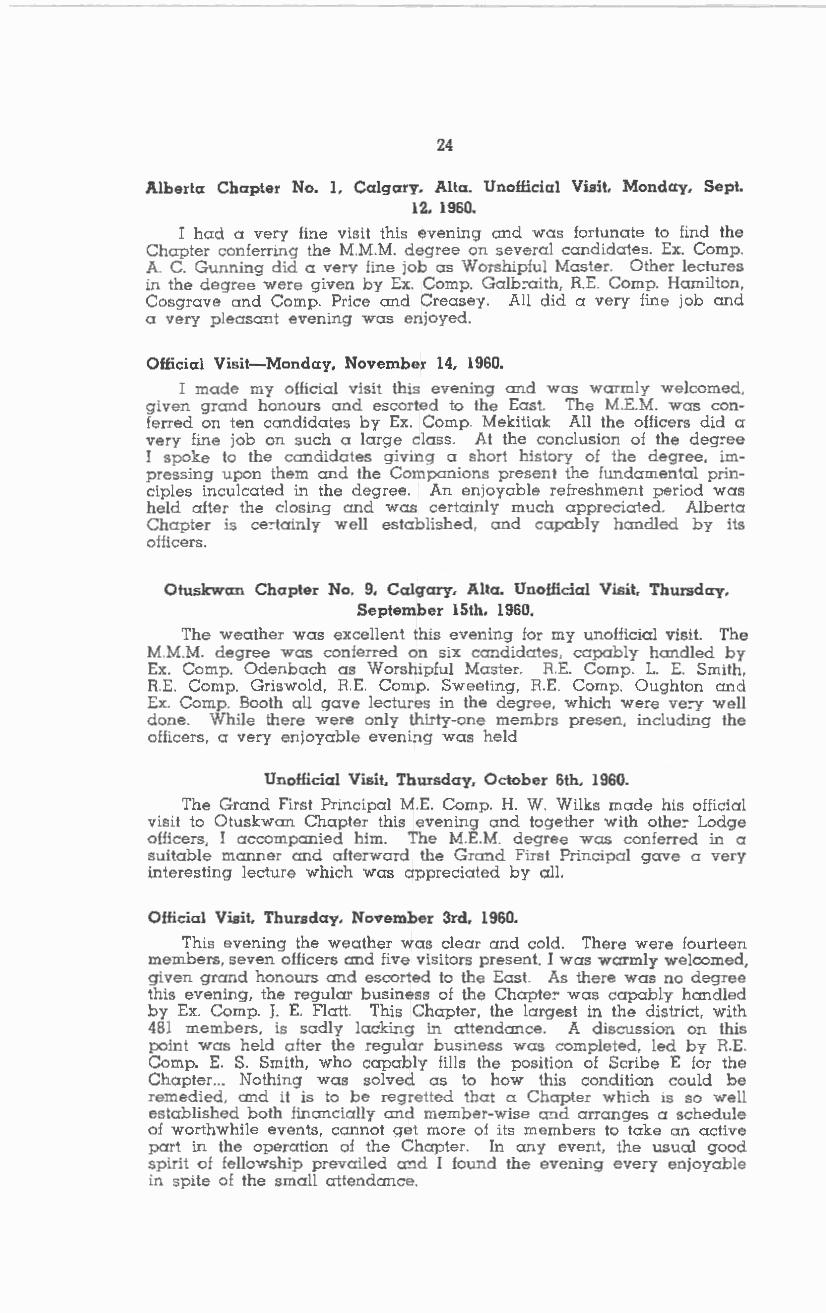
24
 Alberta Chapter No. I. Calgary, Alta. Unofficial Visit, Monday, Sept.
 12, 1960.
 I had a very fine visit this evening and was fortunate to find the
 Chapter conferring the M.M.M. degree on several candidates. Ex. Comp.
 A. C. Gunning did a very fine job as Worshipful Master. Other lectures
 in the degree were given by Ex. Comp. Galbcaith, RE. Comp. Hamilton,
 Cosgrave and Comp. Price and Creasey. All did a very fine job and
 a very pleasant evening was enjoyed.
 Official Visit-Monday, November 14, 1960.
 I made my official visit this evening and was warmly welcomed,
 given grand honours and escorted to the East. The M.E.M. was con
 ferred on ten candidates by Ex. Comp. Mekitiak All the officers did a
 very fine job on such a large class. At the conclusion of the degcee
 I spoke to the candidates giving a short history of the degree, im
 pressing upon them and the Companions present the fundamental prin
 ciples inculcated in the degree. An enjoyable refreshment period was
 held after the closing and was certainly much appreciated. Alberta
 Chapter is cectainly well established, and capably handled by its
 officers.
 Otuskwan Chapter No. 9, Calgary, Alta. Unofficial Visit, Thursday,
 September 15th, 1960.
 The weather was excellent this evening for my unofficial visit. The
 M.M.M. degree was conferred on six candidates, capably handled by
 Ex. Comp. Odenbach as Worshipful Master. R.E. Comp. L. E. Smith,
 R.E. Comp. Griswold, R.E. Comp. Sweeting, R.E. Comp. Oughton and
 Ex. Comp. Booth all gave lectures in the degree, which were vecy well
 done. While there were only thirty-one membrs presen, including the
 officers, a very enjoyable evening was held
 Unofficial Visit, Thursday, October 6th. 1960.
 The Grand First Principal M.E. Comp. H. W. Wilks made his official
 visit to Otuskwan Chapter this evening and together with othec Lodge
 officers, I accompanied him. The M.E.M. degree was conferred in a
 suitable manner and afterward the Grand First Principal gave a very
 interesting lecture which was appreciated by all.
 Official Visit. Thursday. November 3rd. 1960.
 This evening the weather was clear and cold. There were fourteen
 members, seven officers and five visitors present. I was warmly welcomed,
 given grand honours and escorted to the East. As there was no degree
 this evening, the regular business of the Chaple:- was capably handled
 by Ex. Comp. J. E. Flatt. This Chapter, the largest in the district, with
 481 members, is sadly lacking in attendance. A discussion on this
 point was held after the regular business was completed, led by R.E.
 Comp. E. S. Smith, who capably fills the position of Scribe E for the
 Chapter. .. Nothing was solved as to how this condition could be
 remedied, and ii is to be regretted that a Chapter which is so well
 established both financially and member-wise and arranges a schedule
 of worthwhile events, cannot get more of its members to take an active
 part in the operation of the Chapter. In any event, the usual good
 spirit of fellowship prevailed and I found the evening every enjoyable
 in spite of the small attendance.